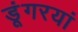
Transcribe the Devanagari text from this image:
डूंगरयां